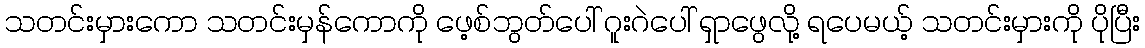
သတင်းမှားကော သတင်းမှန်ကောကို ဖေ့စ်ဘွတ်ပေါ် ဂူးဂဲပေါ် ရှာဖွေလို့ ရပေမယ့် သတင်းမှားကို ပိုပြီး